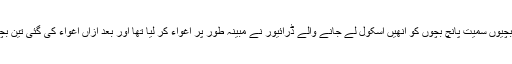
جمعرات کو جعفرآباد سے ہندو برادری کی تین کم سن بچیوں سمیت پانچ بچوں کو انھیں اسکول لے جانے والے ڈرائیور نے مبینہ طور پر اغواء کر لیا تھا اور بعد ازاں اغواء کی گئی تین بچیوں کو سندھ کے علاقے رتو ڈیرو لے جاکر چھوڑ دیا۔